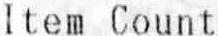
ITEM COUNT